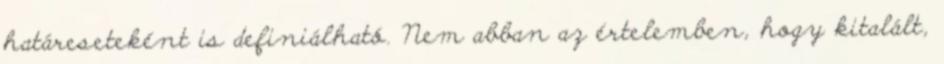
határeseteként is definiálható. Nem abban az értelemben, hogy kitalált,